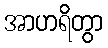
အာဟရိတွာ